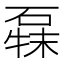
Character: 𰧍